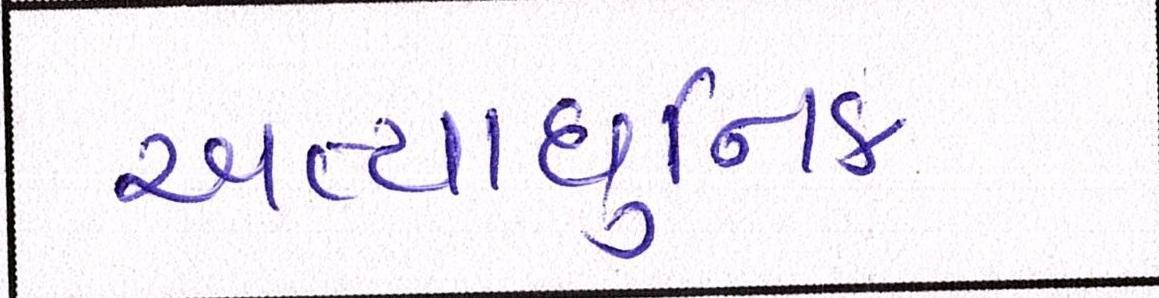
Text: અત્યાધુનિક